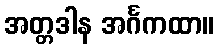
အတ္တဒါန အင်္ဂကထာ။